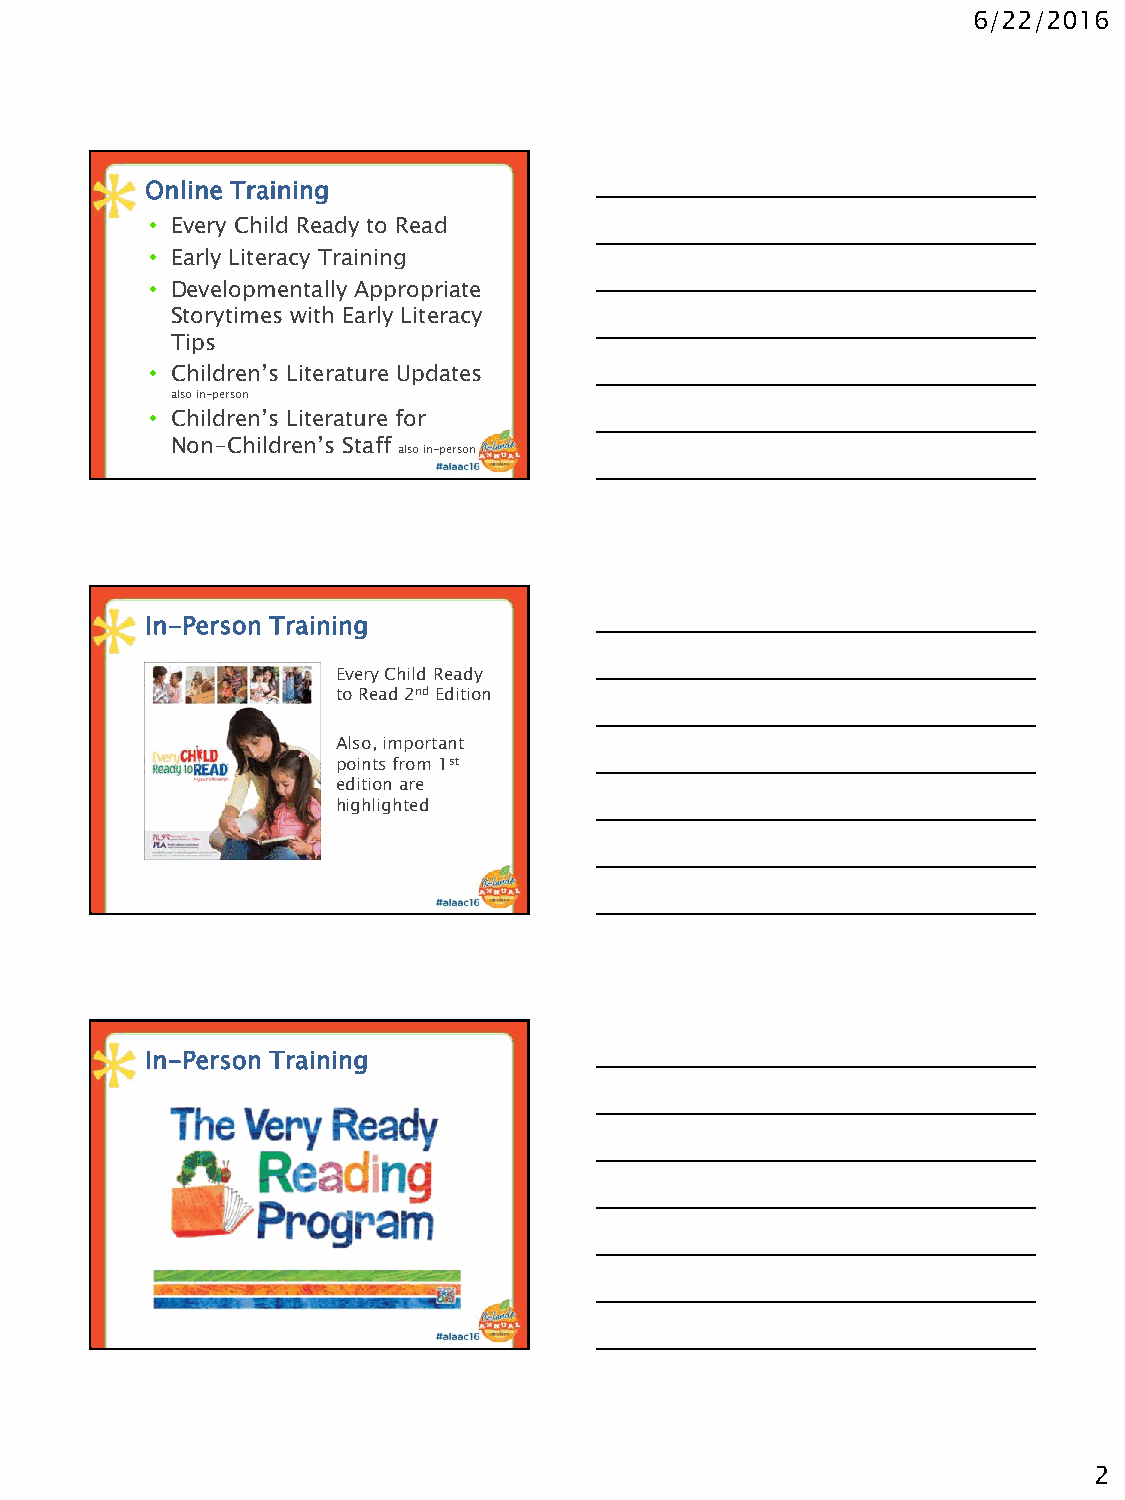
6/22/2016
 Online Training
 • Every Child Ready to Read
 • Early Literacy Training
 • Developmentally Appropriate
 Storytimes with Early Literacy
 Tips
 • Children’s Literature Updates
 also in-person
 • Children’s Literature for
 Non-Children’s Staff
 also in-person
 In-Person Training
 Every Child Ready
 to Read 2ndEdition
 Also, important
 points from 1st
 edition are
 highlighted
 In-Person Training
 2